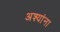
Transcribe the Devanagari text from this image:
अश्यांना